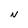
Character: N